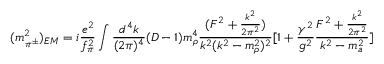
( m _ { \pi ^ { \pm } } ^ { 2 } ) _ { E M } = i { \frac { e ^ { 2 } } { f _ { \pi } ^ { 2 } } } \int \frac { d ^ { 4 } k } { ( 2 \pi ) ^ { 4 } } ( D - 1 ) m _ { \rho } ^ { 4 } { \frac { { ( F ^ { 2 } + { \frac { k ^ { 2 } } { 2 \pi ^ { 2 } } } ) } } { { k ^ { 2 } ( k ^ { 2 } - m _ { \rho } ^ { 2 } ) ^ { 2 } } } } [ 1 + { \frac { \gamma ^ { 2 } } { g ^ { 2 } } } { \frac { { F ^ { 2 } + { \frac { k ^ { 2 } } { 2 \pi ^ { 2 } } } } } { { k ^ { 2 } - m _ { a } ^ { 2 } } } } ]